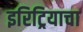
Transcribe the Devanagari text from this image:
इरिट्रियाचा